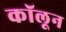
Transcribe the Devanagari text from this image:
कॉलून